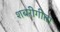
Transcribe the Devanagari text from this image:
शबरीगीता